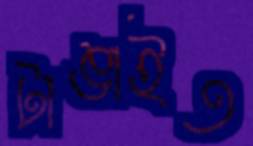
টাঙাইত